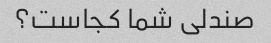
صندلی شما کجاست؟